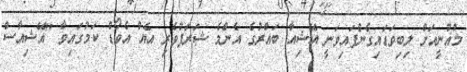
މުޣުނީއަށް ލިބިވަޑައިގެންފައިވަނީ އޭޝިއާ ބައްރުގެ އެންމެ ޝަރަފުވެރި އެއް އެވޯޑް ކަމުގައިވާ "އޭޝިއާސް